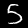
Digit: 5